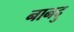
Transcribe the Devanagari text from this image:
नानदु